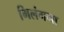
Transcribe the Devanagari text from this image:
भिलंगना